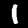
Digit: 1